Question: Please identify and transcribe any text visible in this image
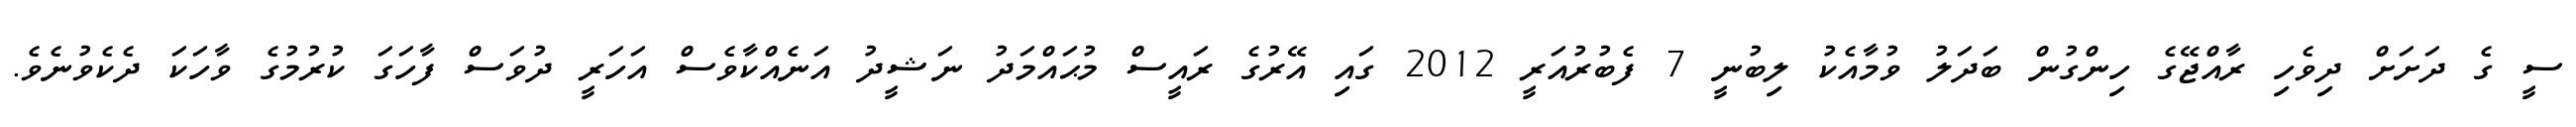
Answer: ސީ ގެ ދަށަށް ދިވެހި ރާއްޖޭގެ ހިންގުން ބަދަލު ވުމާއެކު ލިބުނީ 7 ފެބުރުއަރީ 2012 ގައި އޭރުގެ ރައީސް މުޙައްމަދު ނަޝީދު އަނެއްކާވެސް އަހަރީ ދުވަސް ފާހަގަ ކުރުމުގެ ވާހަކަ ދެކެވުނެވެ.